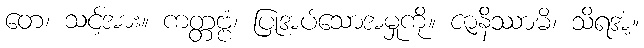
တေ၊ သင့်အား။ ကတ္တဗ္ဗံ၊ ပြုအပ်သောအမှုကို။ ဇာနိဿာမိ၊ သိရအံ့။